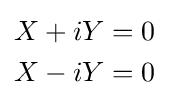
{\begin{aligned}X+iY&=0\\X-iY&=0\end{aligned}}